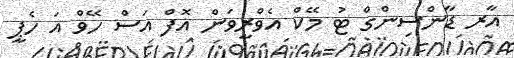
އާރ ޑާންސިންގް ޓު މޭކް އެވްރީވަން އޮފް އަސް ހޭވް އަ ހެޕީ